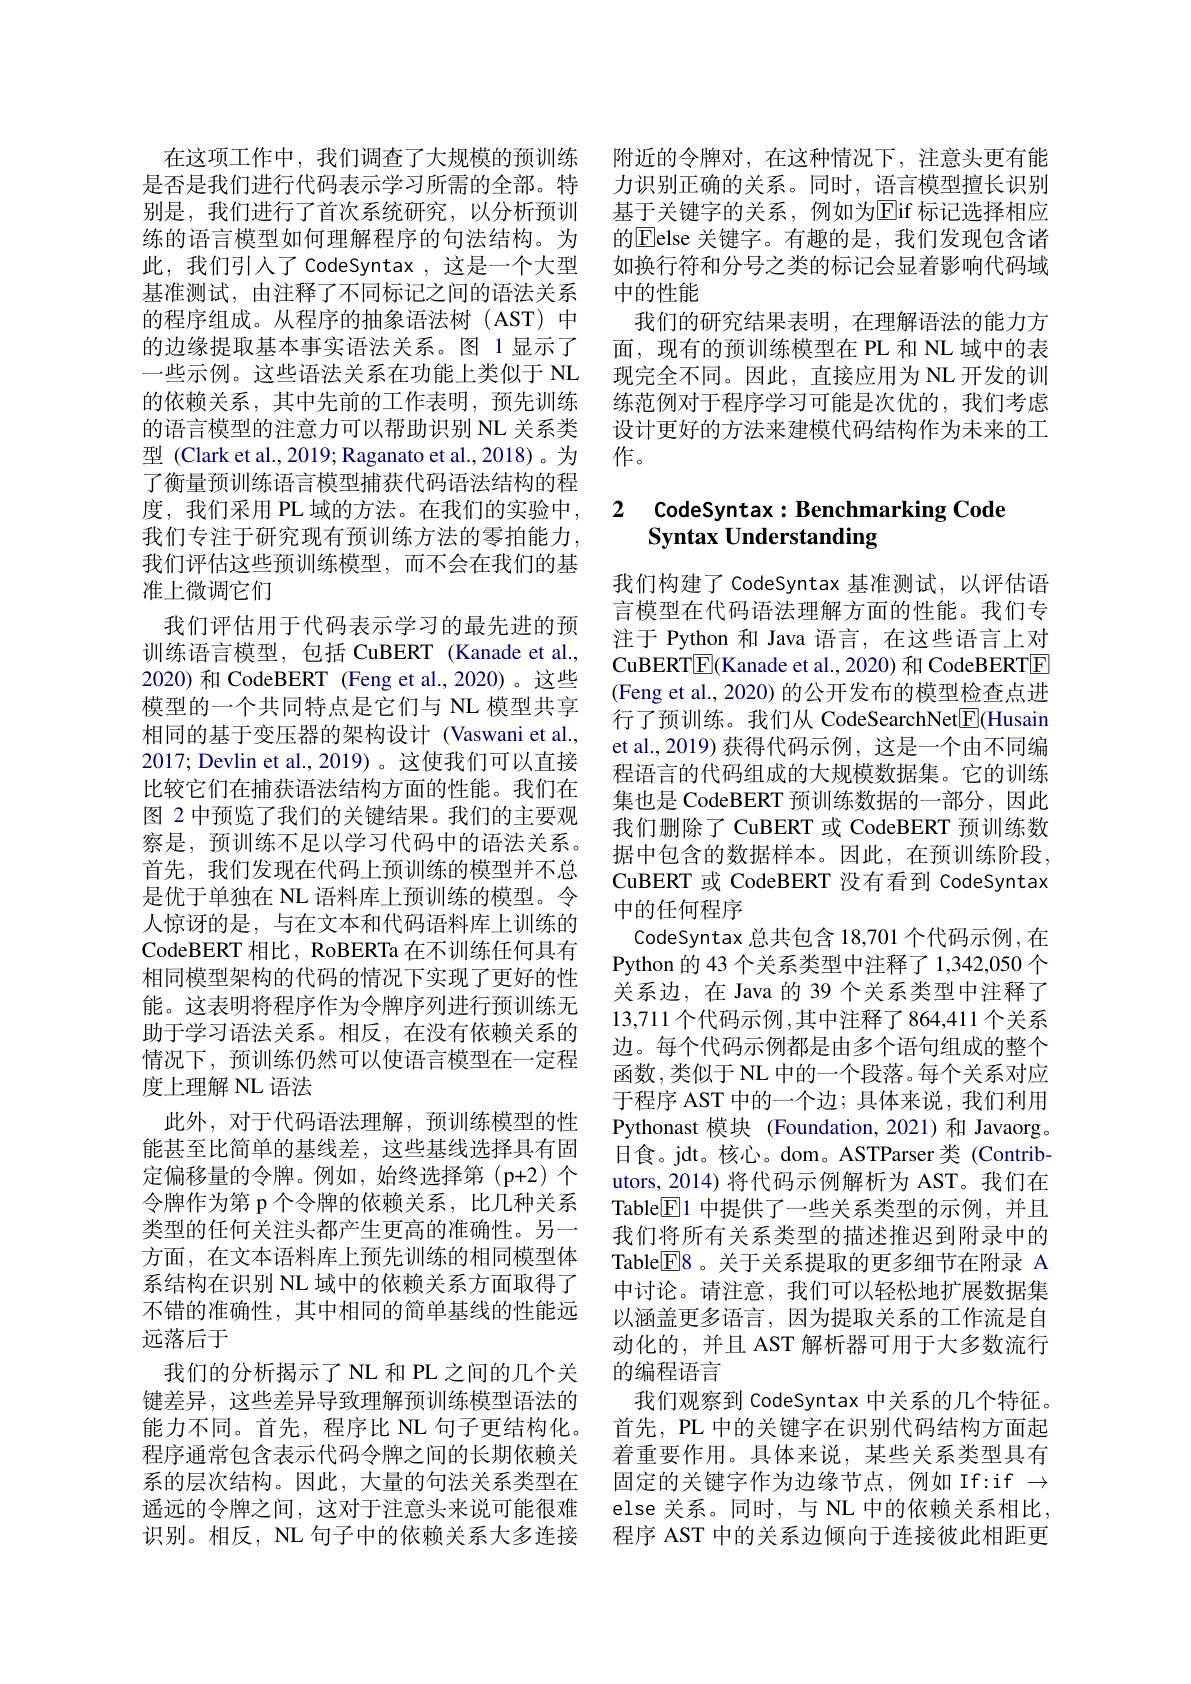
的程序组成。从程序的抽象语法树(AST)中的边缘提取基本事实语法关系。图 1 显示了一些示例。这些语法关系在功能上类似于 NL 的依赖关系，其中先前的工作表明，预先训练的语言模型的注意力可以帮助识别 NL 关系类型 (Clark et al., 2019; Raganato et al., 2018)。为了衡量预训练语言模型捕获代码语法结构的程我们专注于研究现有预训练方法的零拍能力， 我们评估这些预训练模型，而不会在我们的基准上微调它们
我们评估用于代码表示学习的最先进的预训练语言模型，包括 CuBERT (Kanade et al., 2020) 和 CodeBERT (Feng et al.,2020)。这些模型的一个共同特点是它们与 NL 模型共享相同的基于变压器的架构设计 (Vaswani et al., 2017; Devlin et al., 2019)。这使我们可以直接比较它们在捕获语法结构方面的性能。我们在图 2 中预览了我们的关键结果。我们的主要观察是，预训练不足以学习代码中的语法关系。首先，我们发现在代码上预训练的模型并不总是优于单独在 NL 语料库上预训练的模型。令人惊讶的是，与在文本和代码语料库上训练的CodeBERT 相比，RoBERTa 在不训练任何具有相同模型架构的代码的情况下实现了更好的性能。这表明将程序作为令牌序列进行预训练无助于学习语法关系。相反，在没有依赖关系的情况下，预训练仍然可以使语言模型在一定程度上理解 NL 语法
此外，对于代码语法理解，预训练模型的性能甚至比简单的基线差，这些基线选择具有固定偏移量的令牌。例如，始终选择第(p+2)个令牌作为第 p 个令牌的依赖关系，比几种关系类型的任何关注头都产生更高的准确性。另一方面，在文本语料库上预先训练的相同模型体系结构在识别 NL 域中的依赖关系方面取得了不错的准确性，其中相同的简单基线的性能远远落后于
我们的分析揭示了 NL 和 PL 之间的几个关键差异，这些差异导致理解预训练模型语法的能力不同。首先，程序比 NL 句子更结构化。程序通常包含表示代码令牌之间的长期依赖关系的层次结构。因此，大量的句法关系类型在 固定的关键字作为边缘节点，例如 If:if $\to$
遥远的令牌之间，这对于注意头来说可能很难识别。相反，NL 句子中的依赖关系大多连接

在这项工作中，我们调查了大规模的预训练 附近的令牌对，在这种情况下，注意头更有能是否是我们进行代码表示学习所需的全部。特 力识别正确的关系。同时，语言模型擅长识别别是，我们进行了首次系统研究，以分析预训 基于关键字的关系，例如为Elif 标记选择相应练的语言模型如何理解程序的句法结构。为 的$\overline{\text{Elelse 关键字。有趣的是，我们发现包含诸}}$ 此，我们引人了 CodeSyntax ,这是一个大型 如换行符和分号之类的标记会显着影响代码域基准测试，由注释了不同标记之间的语法关系 中的性能
我们的研究结果表明，在理解语法的能力方面，现有的预训练模型在 PL 和 NL 域中的表现完全不同。因此，直接应用为 NL 开发的训练范例对于程序学习可能是次优的，我们考虑设计更好的方法来建模代码结构作为未来的工作。

# 度，我们采用 PL 域的方法。在我们的实验中，2 CodeSyntax: Benchmarking Code Syntax Understanding

我们构建了 CodeSyntax 基准测试，以评估语言模型在代码语法理解方面的性能。我们专注于 Python 和 Java 语言，在这些语言上对CuBERT$\boxed{\mathrm{F}}($Kanade et al., 2020) 和 CodeBERTE (Feng et al., 2020) 的公开发布的模型检查点进行了预训练。我们从 CodeSearchNet$\boxed{\mathrm{F}}$(Husain et al., 2019) 获得代码示例，这是一个由不同编程语言的代码组成的大规模数据集。它的训练集也是 CodeBERT 预训练数据的一部分，因此我们删除了 CuBERT 或 CodeBERT 预训练数据中包含的数据样本。因此，在预训练阶段CuBERT 或 CodeBERT 没有看到 CodeSyntax 中的任何程序
CodeSyntax 总共包含 18,701 个代码示例，在Python 的 43 个关系类型中注释了 1,342,050 个关系边，在 Java 的 39 个关系类型中注释了13,711 个代码示例，其中注释了864，411 个关系边。每个代码示例都是由多个语句组成的整个函数，类似于 NL 中的一个段落。每个关系对应于程序 AST 中的一个边；具体来说，我们利用Pythonast 模块(Foundation,2021)和 Javaorg。日食。jdt。核心。dom。ASTParser 类 (Contributors, 2014) 将代码示例解析为 AST。我们在Table$\boxed{\mathrm{E}}1$中提供了一些关系类型的示例，并且我们将所有关系类型的描述推迟到附录中的Table$\boxed{\mathrm{F}}8$。关于关系提取的更多细节在附录 A 中讨论。请注意，我们可以轻松地扩展数据集以涵盖更多语言，因为提取关系的工作流是自动化的，并且 AST 解析器可用于大多数流行的编程语言
我们观察到 CodeSyntax 中关系的几个特征。首先，PL 中的关键字在识别代码结构方面起着重要作用。具体来说，某些关系类型具有else 关系。同时，与 NL 中的依赖关系相比， 程序 AST 中的关系边倾向于连接彼此相距更